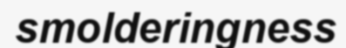
smolderingness